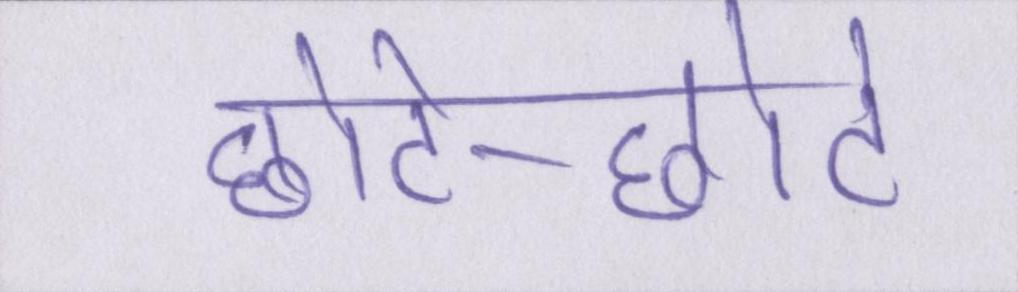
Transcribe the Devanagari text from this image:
छोटे-छोटे